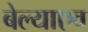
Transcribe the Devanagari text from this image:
बेल्याएव